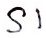
Text: S1